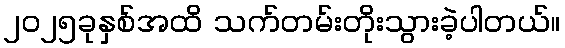
၂၀၂၅ခုနှစ်အထိ သက်တမ်းတိုးသွားခဲ့ပါတယ်။